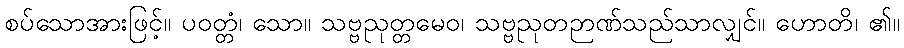
စပ်သောအားဖြင့်။ ပဝတ္တံ၊ သော။ သဗ္ဗညုတ္တမေဝ၊ သဗ္ဗညုတဉာဏ်သည်သာလျှင်။ ဟောတိ၊ ၏။